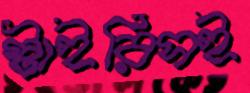
স্টাইরিসই